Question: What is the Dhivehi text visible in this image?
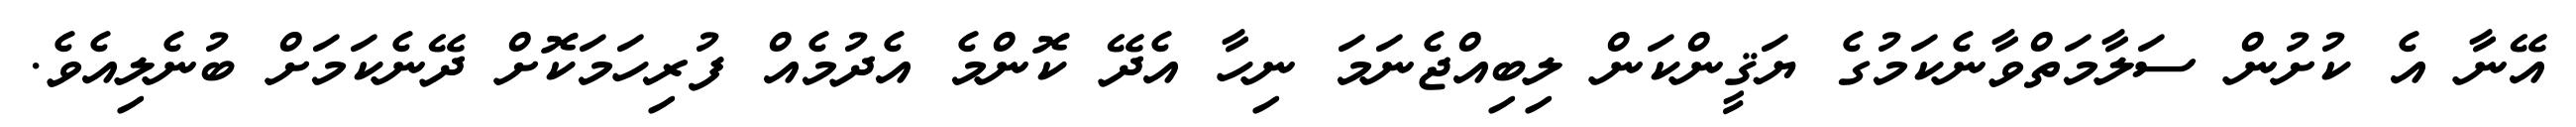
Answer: އޭނާ އެ ކުށުން ސަލާމަތްވާނެކަމުގެ ޔަޤީންކަން ލިބިއްޖެނަމަ ނިހާ އެދޭ ކޮންމެ އެދުމެއް ފުރިހަމަކޮށް ދޭނެކަމަށް ބުނެލިއެވެ.